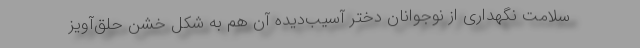
سلامت نگهداری از نوجوانان دختر آسیب‌دیده آن هم به شکل خشن حلق‌آویز